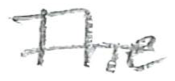
Text: The
Cross-out: single-line
Writing tool: pencil